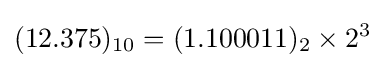
(12.375)_{10}=(1.100011)_{2}\times 2^{3}